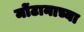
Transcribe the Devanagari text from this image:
मोंटानाच्या